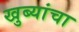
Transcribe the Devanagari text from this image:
खुब्यांचा